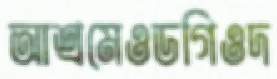
আশ্রমেওডগিওদ